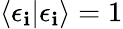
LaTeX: \langle\epsilon_{\mathbf{i}}|\epsilon_{\mathbf{i}}\rangle=1